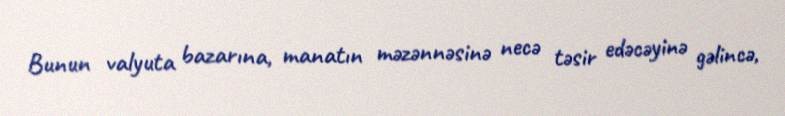
Bunun valyuta bazarına, manatın məzənnəsinə necə təsir edəcəyinə gəlincə,